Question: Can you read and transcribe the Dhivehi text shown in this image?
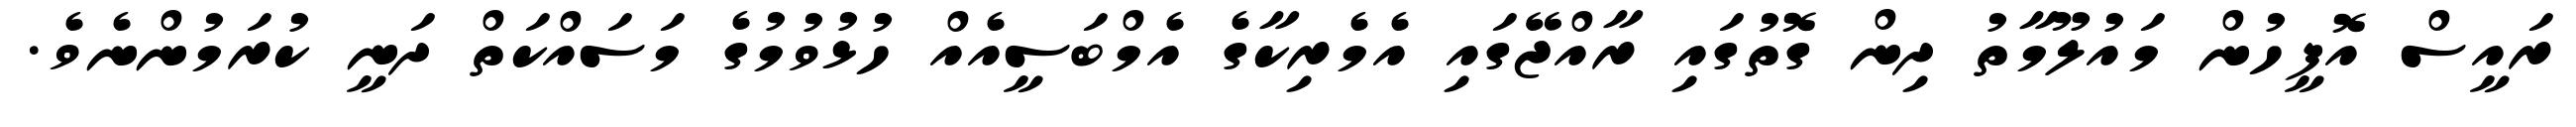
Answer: ރައީސް އޮފީހުން މައުލޫމާތު ދިން ގޮތުގައި ރާއްޖޭގައި އެމެރިކާގެ އެމްބަސީއެއް ހުޅުވުމުގެ މަސައްކަތް ދަނީ ކުރަމުންނެވެ.